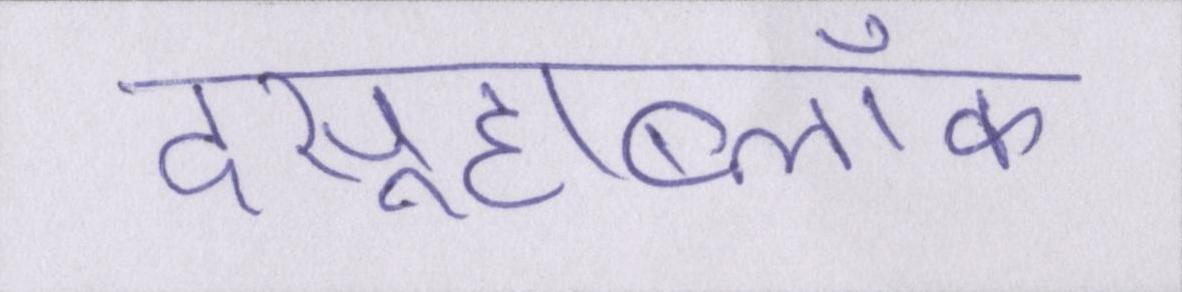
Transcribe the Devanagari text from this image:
दसूहाब्लॉक